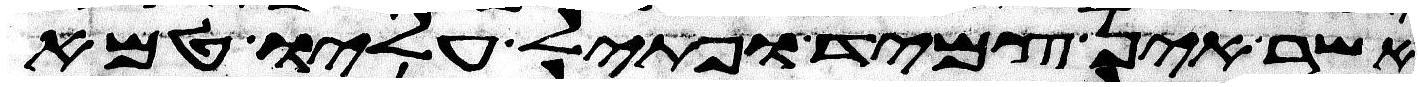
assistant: אשר אין צמיד ופתיל עליו טמא